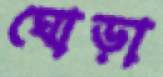
ঘোড়া